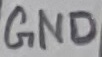
Text: GND